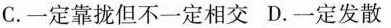
C.一定靠拢但不一定相交D.一定发散